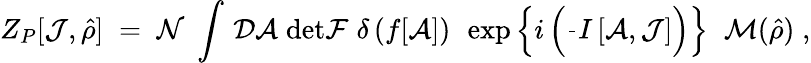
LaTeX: Z_{P}[{\cal J},\hat{\rho}]\; =\; {\cal N}\; \int\, {\cal D}{\cal A}\; \mathrm{det}{\cal F}\; \delta\left(f[{\cal A}]\right)\; \, \exp\left\{ i\left(\frac{}{}I\left[{\cal A},{\cal J}\right]\right)\right\} \; \; {\cal M}(\hat{\rho})\; ,